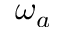
\omega _ { a }